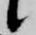
候